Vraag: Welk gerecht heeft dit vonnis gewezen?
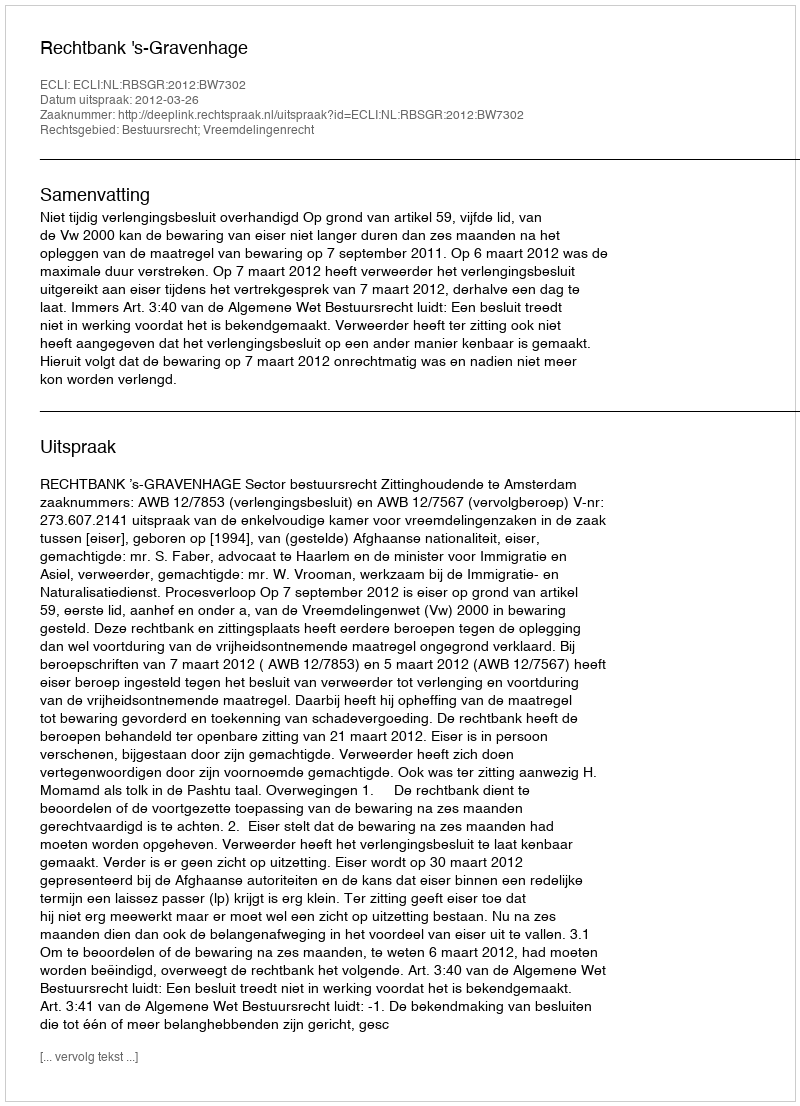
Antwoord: Rechtbank 's-Gravenhage